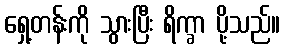
ရှေ့တန်းကို သွားပြီး ရိက္ခာ ပို့သည်။